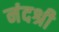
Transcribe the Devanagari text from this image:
नंदश्री